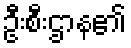
ဦးစီးဌာန၏